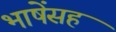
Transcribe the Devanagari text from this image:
भाषेंसह